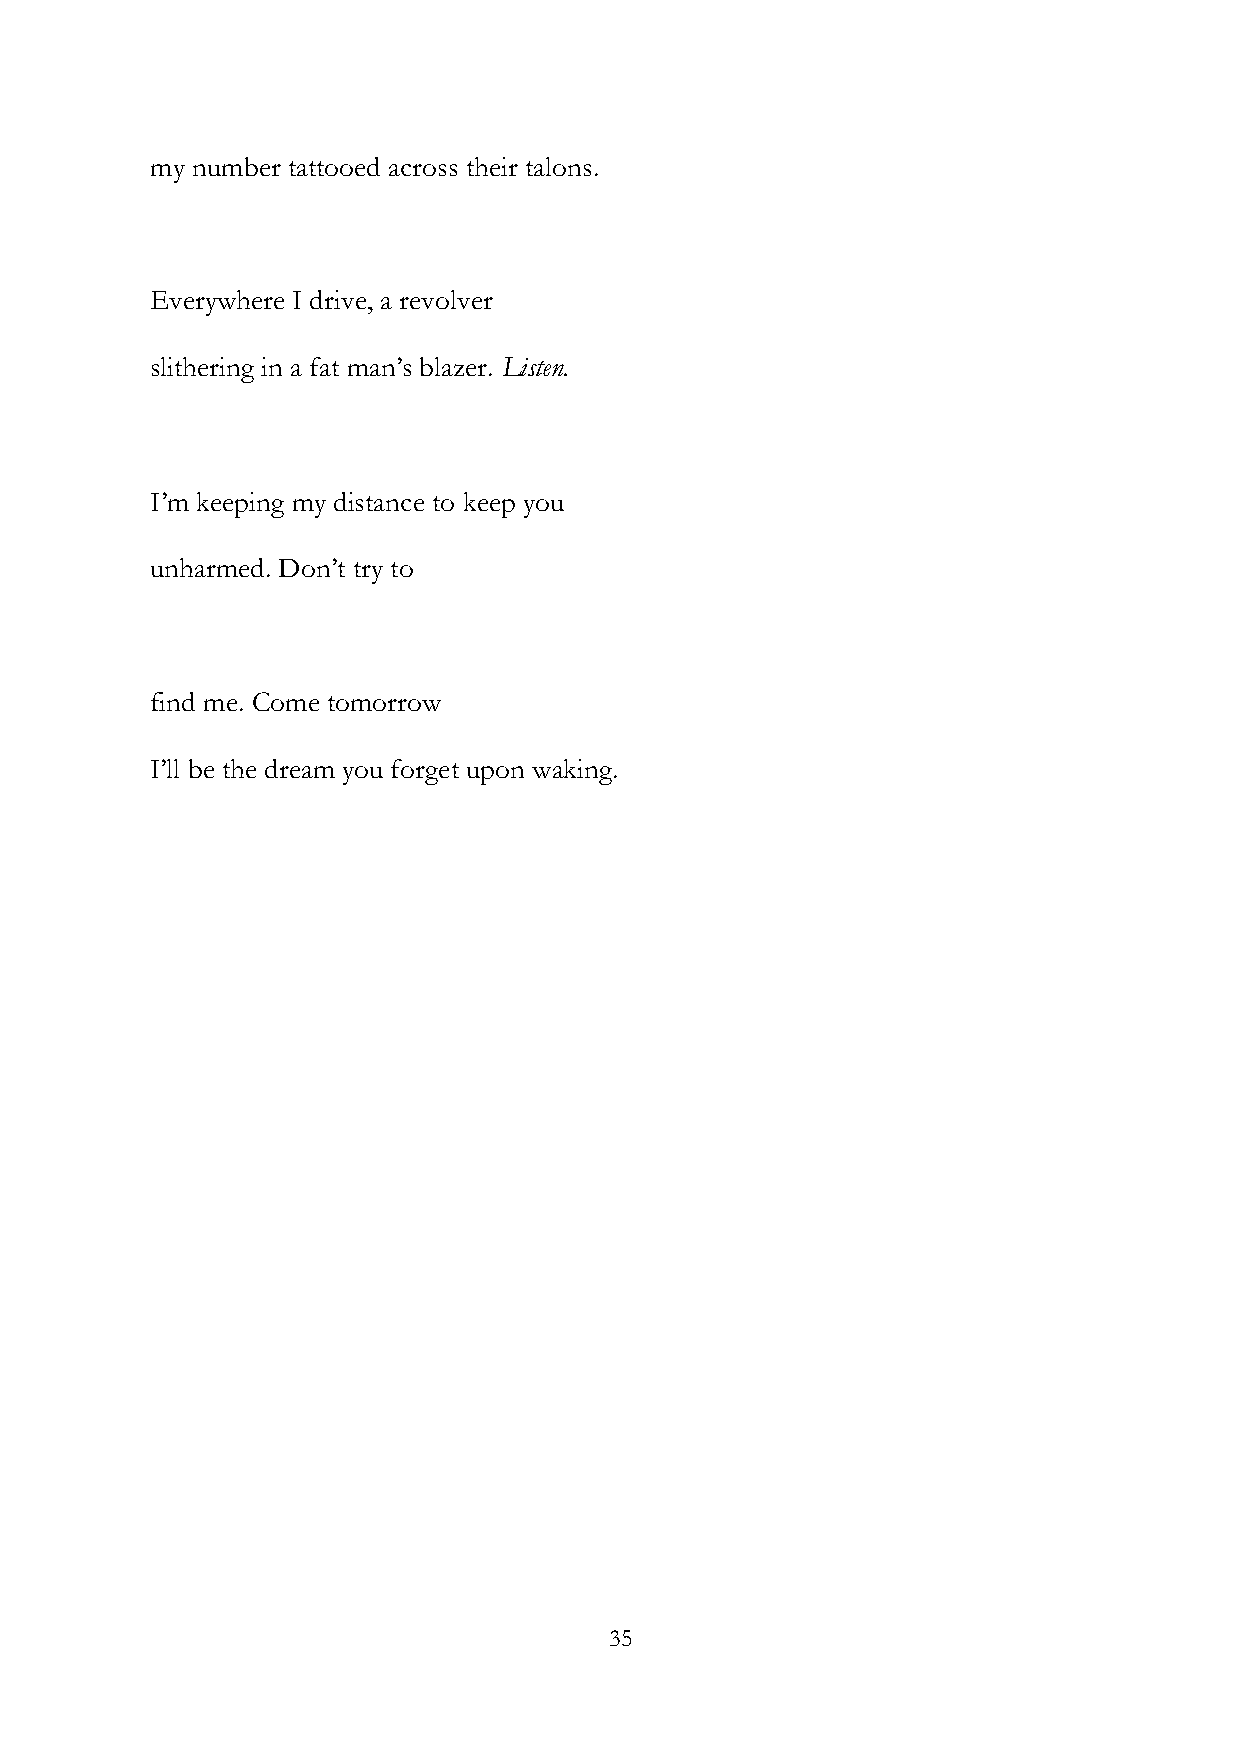
my number tattooed across their talons.
 Everywhere I drive, a revolver
 slithering in a fat man’s blazer. Listen.
 I’m keeping my distance to keep you
 unharmed. Don’t try to
 find me. Come tomorrow
 I’ll be the dream you forget upon waking.
 35